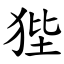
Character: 狴